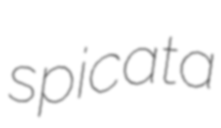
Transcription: spicata